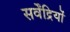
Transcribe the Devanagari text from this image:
सर्वेंद्रियों